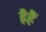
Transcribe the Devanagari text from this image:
ह्रैहैं